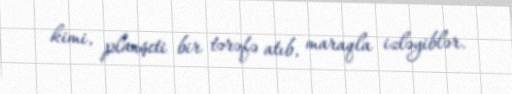
kimi, planşeti bir tərəfə atıb, maraqla izləyiblər.